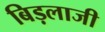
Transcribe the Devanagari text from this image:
बिड़लाजी